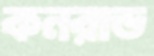
কনরাড